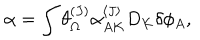
\alpha = \int \theta _ { \Omega } ^ { ( J ) } \alpha _ { A K } ^ { \langle J \rangle } D _ { K } \delta \phi _ { A } ,